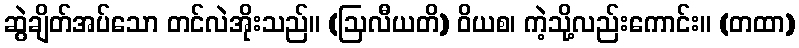
ဆွဲချိတ်အပ်သော တင်လဲအိုးသည်။ (ဩလီယတိ) ဝိယစ၊ ကဲ့သို့လည်းကောင်း။ (တထာ)